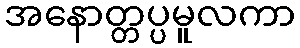
အနောတ္တပ္ပမူလကာ